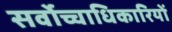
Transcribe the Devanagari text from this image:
सर्वोच्चाधिकारियों